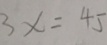
3 x = 4 5